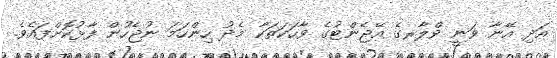
އަދި އޭނާ ވަނީ ވްލާރގެ އޭޖެންޓުގެ ވާހަކަތަކާ މެދު ހިންހަމަ ނުޖެހުން ފާޅުކޮށްފައެވެ.